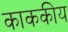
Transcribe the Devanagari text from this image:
काककीय